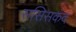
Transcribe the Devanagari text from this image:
ससिसकंद